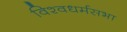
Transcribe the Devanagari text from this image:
विश्वधर्मसभा